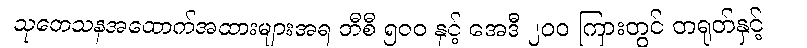
သုတေသနအထောက်အထားများအရ ဘီစီ ၅၀၀ နှင့် အေဒီ ၂၀၀ ကြားတွင် တရုတ်နှင့်